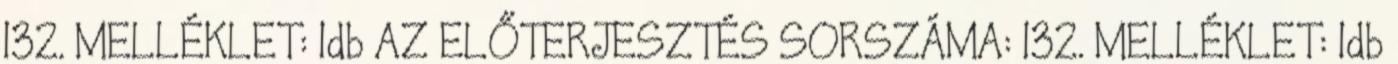
132. MELLÉKLET: 1db AZ ELŐTERJESZTÉS SORSZÁMA: 132. MELLÉKLET: 1db